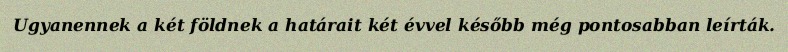
Ugyanennek a két földnek a határait két évvel később még pontosabban leírták.